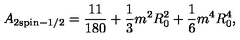
A _ { 2 \mathrm { { s p i n } } - 1 / 2 } = { \frac { 1 1 } { 1 8 0 } } + { \frac { 1 } { 3 } } m ^ { 2 } R _ { 0 } ^ { 2 } + { \frac { 1 } { 6 } } m ^ { 4 } R _ { 0 } ^ { 4 } ,